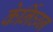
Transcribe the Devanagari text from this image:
केर्निघ्ग्न